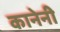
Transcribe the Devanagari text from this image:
कानेनी